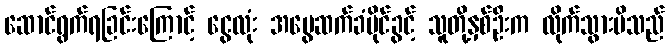
ဆောင်ရွက်ရခြင်းကြောင့် ငွေလုံး အမွေဆက်ခံပိုင်ခွင့် သူတို့နှစ်ဦးက လိုက်သွားမိသည်